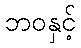
ဘဝနှင့်